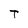
Character: T